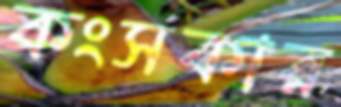
কংসকার